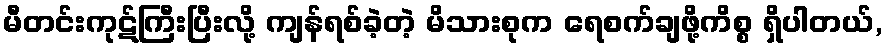
မီတင်းကုဋ်ကြီးပြီးလို့ ကျန်ရစ်ခဲ့တဲ့ မိသားစုက ရေစက်ချဖို့ကိစ္စ ရှိပါတယ်,